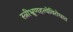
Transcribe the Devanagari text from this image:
स्त्रीभ्रूणहत्येविरोधात